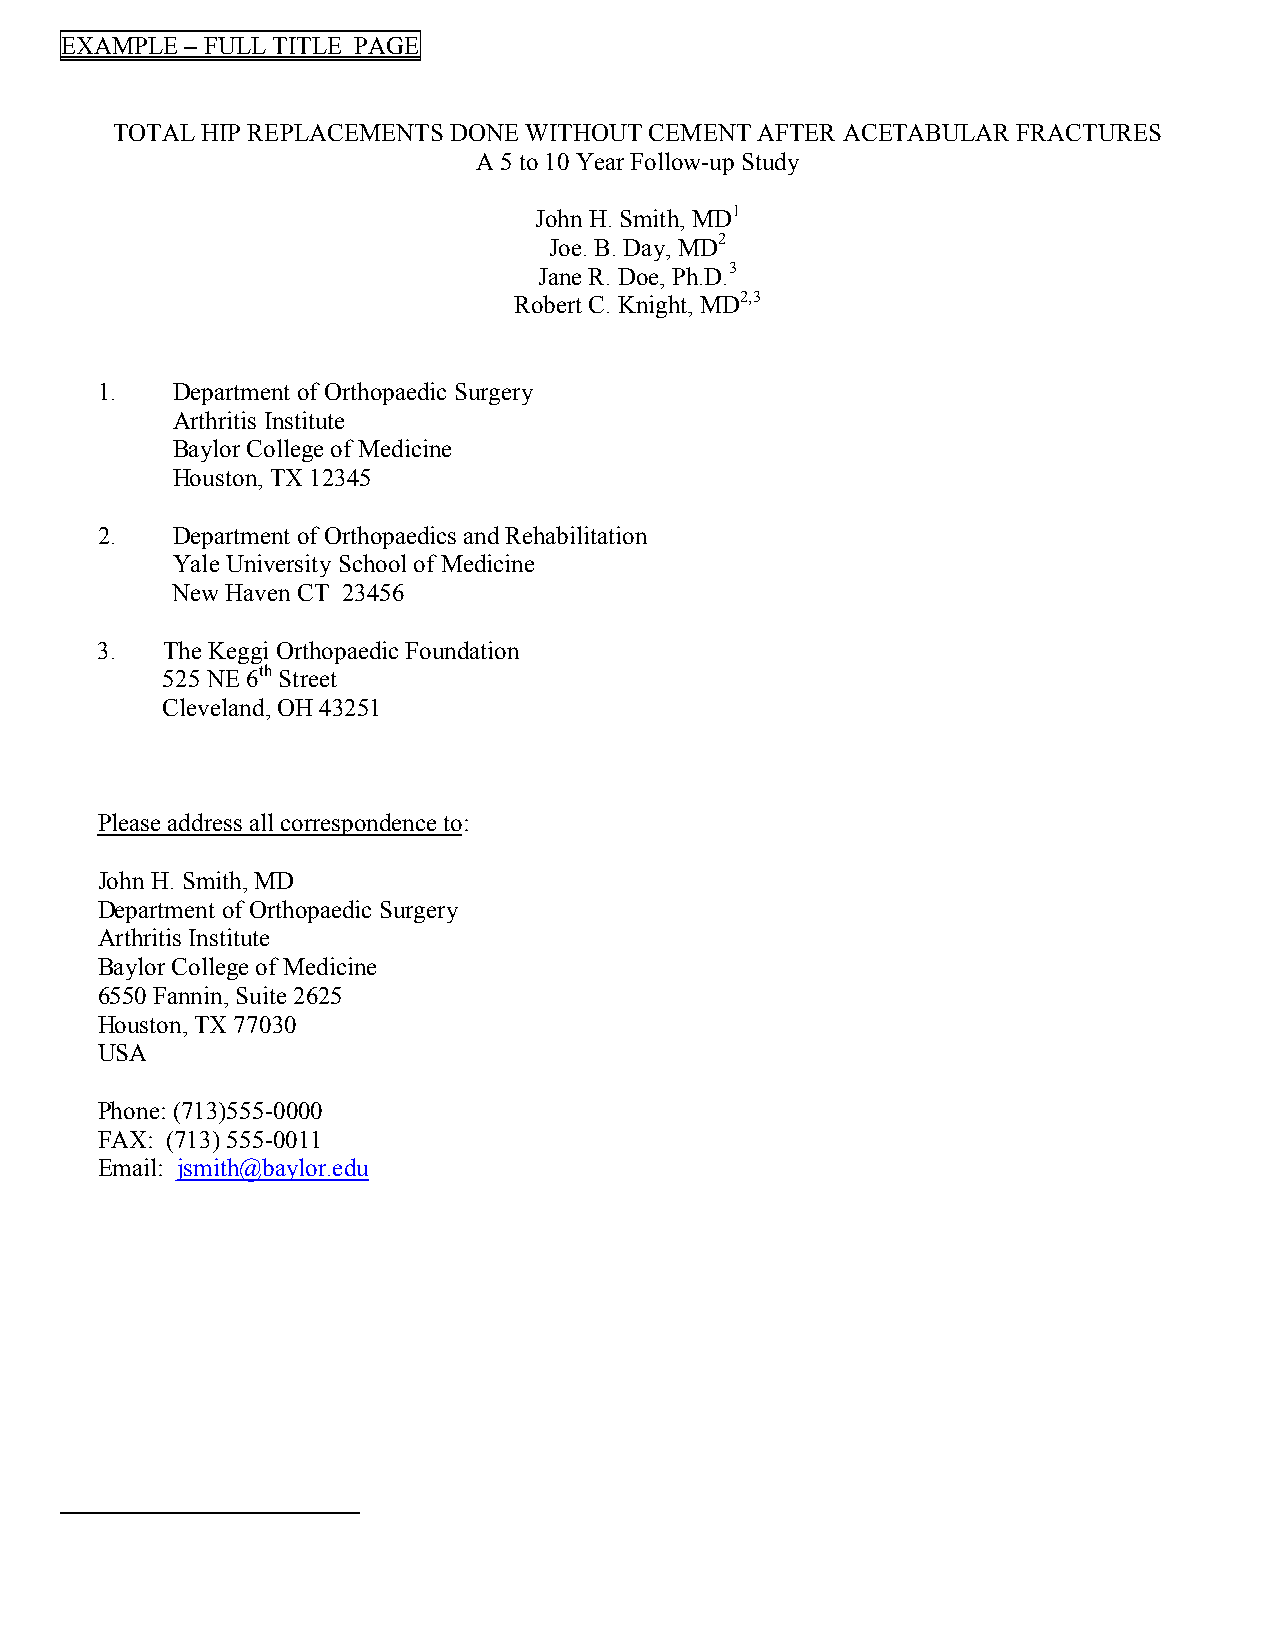
EXAMPLE – FULL TITLE PAGE
 TOTAL HIP REPLACEMENTS DONE WITHOUT CEMENT AFTER ACETABULAR FRACTURES
 A 5 to 10 Year Follow-up Study
 John H. Smith, MD1
 Joe. B. Day, MD2
 Jane R. Doe, Ph.D.3
 Robert C. Knight, MD2,3
 1.   Department of Orthopaedic Surgery
 Arthritis Institute
 Baylor College of Medicine
 Houston, TX 12345
 2.   Department of Orthopaedics and Rehabilitation
 Yale University School of Medicine
 New Haven CT 23456
 3.   The Keggi Orthopaedic Foundation
 525 NE 6th Street
 Cleveland, OH 43251
 Please address all correspondence to:
 John H. Smith, MD
 Department of Orthopaedic Surgery
 Arthritis Institute
 Baylor College of Medicine
 6550 Fannin, Suite 2625
 Houston, TX 77030
 USA
 Phone: (713)555-0000
 FAX: (713) 555-0011
 Email: jsmith@baylor.edu